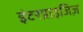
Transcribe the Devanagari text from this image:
इंटरप्राइजिज़